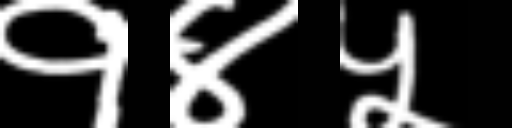
Text: १४५